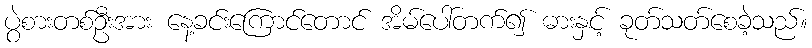
ပွဲစားတစ်ဦးအား နေ့ခင်းကြောင်တောင် အိမ်ပေါ်တက်၍ ဓားနှင့် ခုတ်သတ်စေခဲ့သည်။